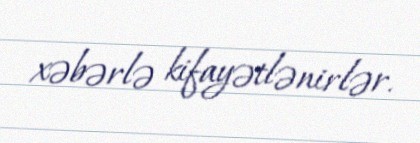
xəbərlə kifayətlənirlər.